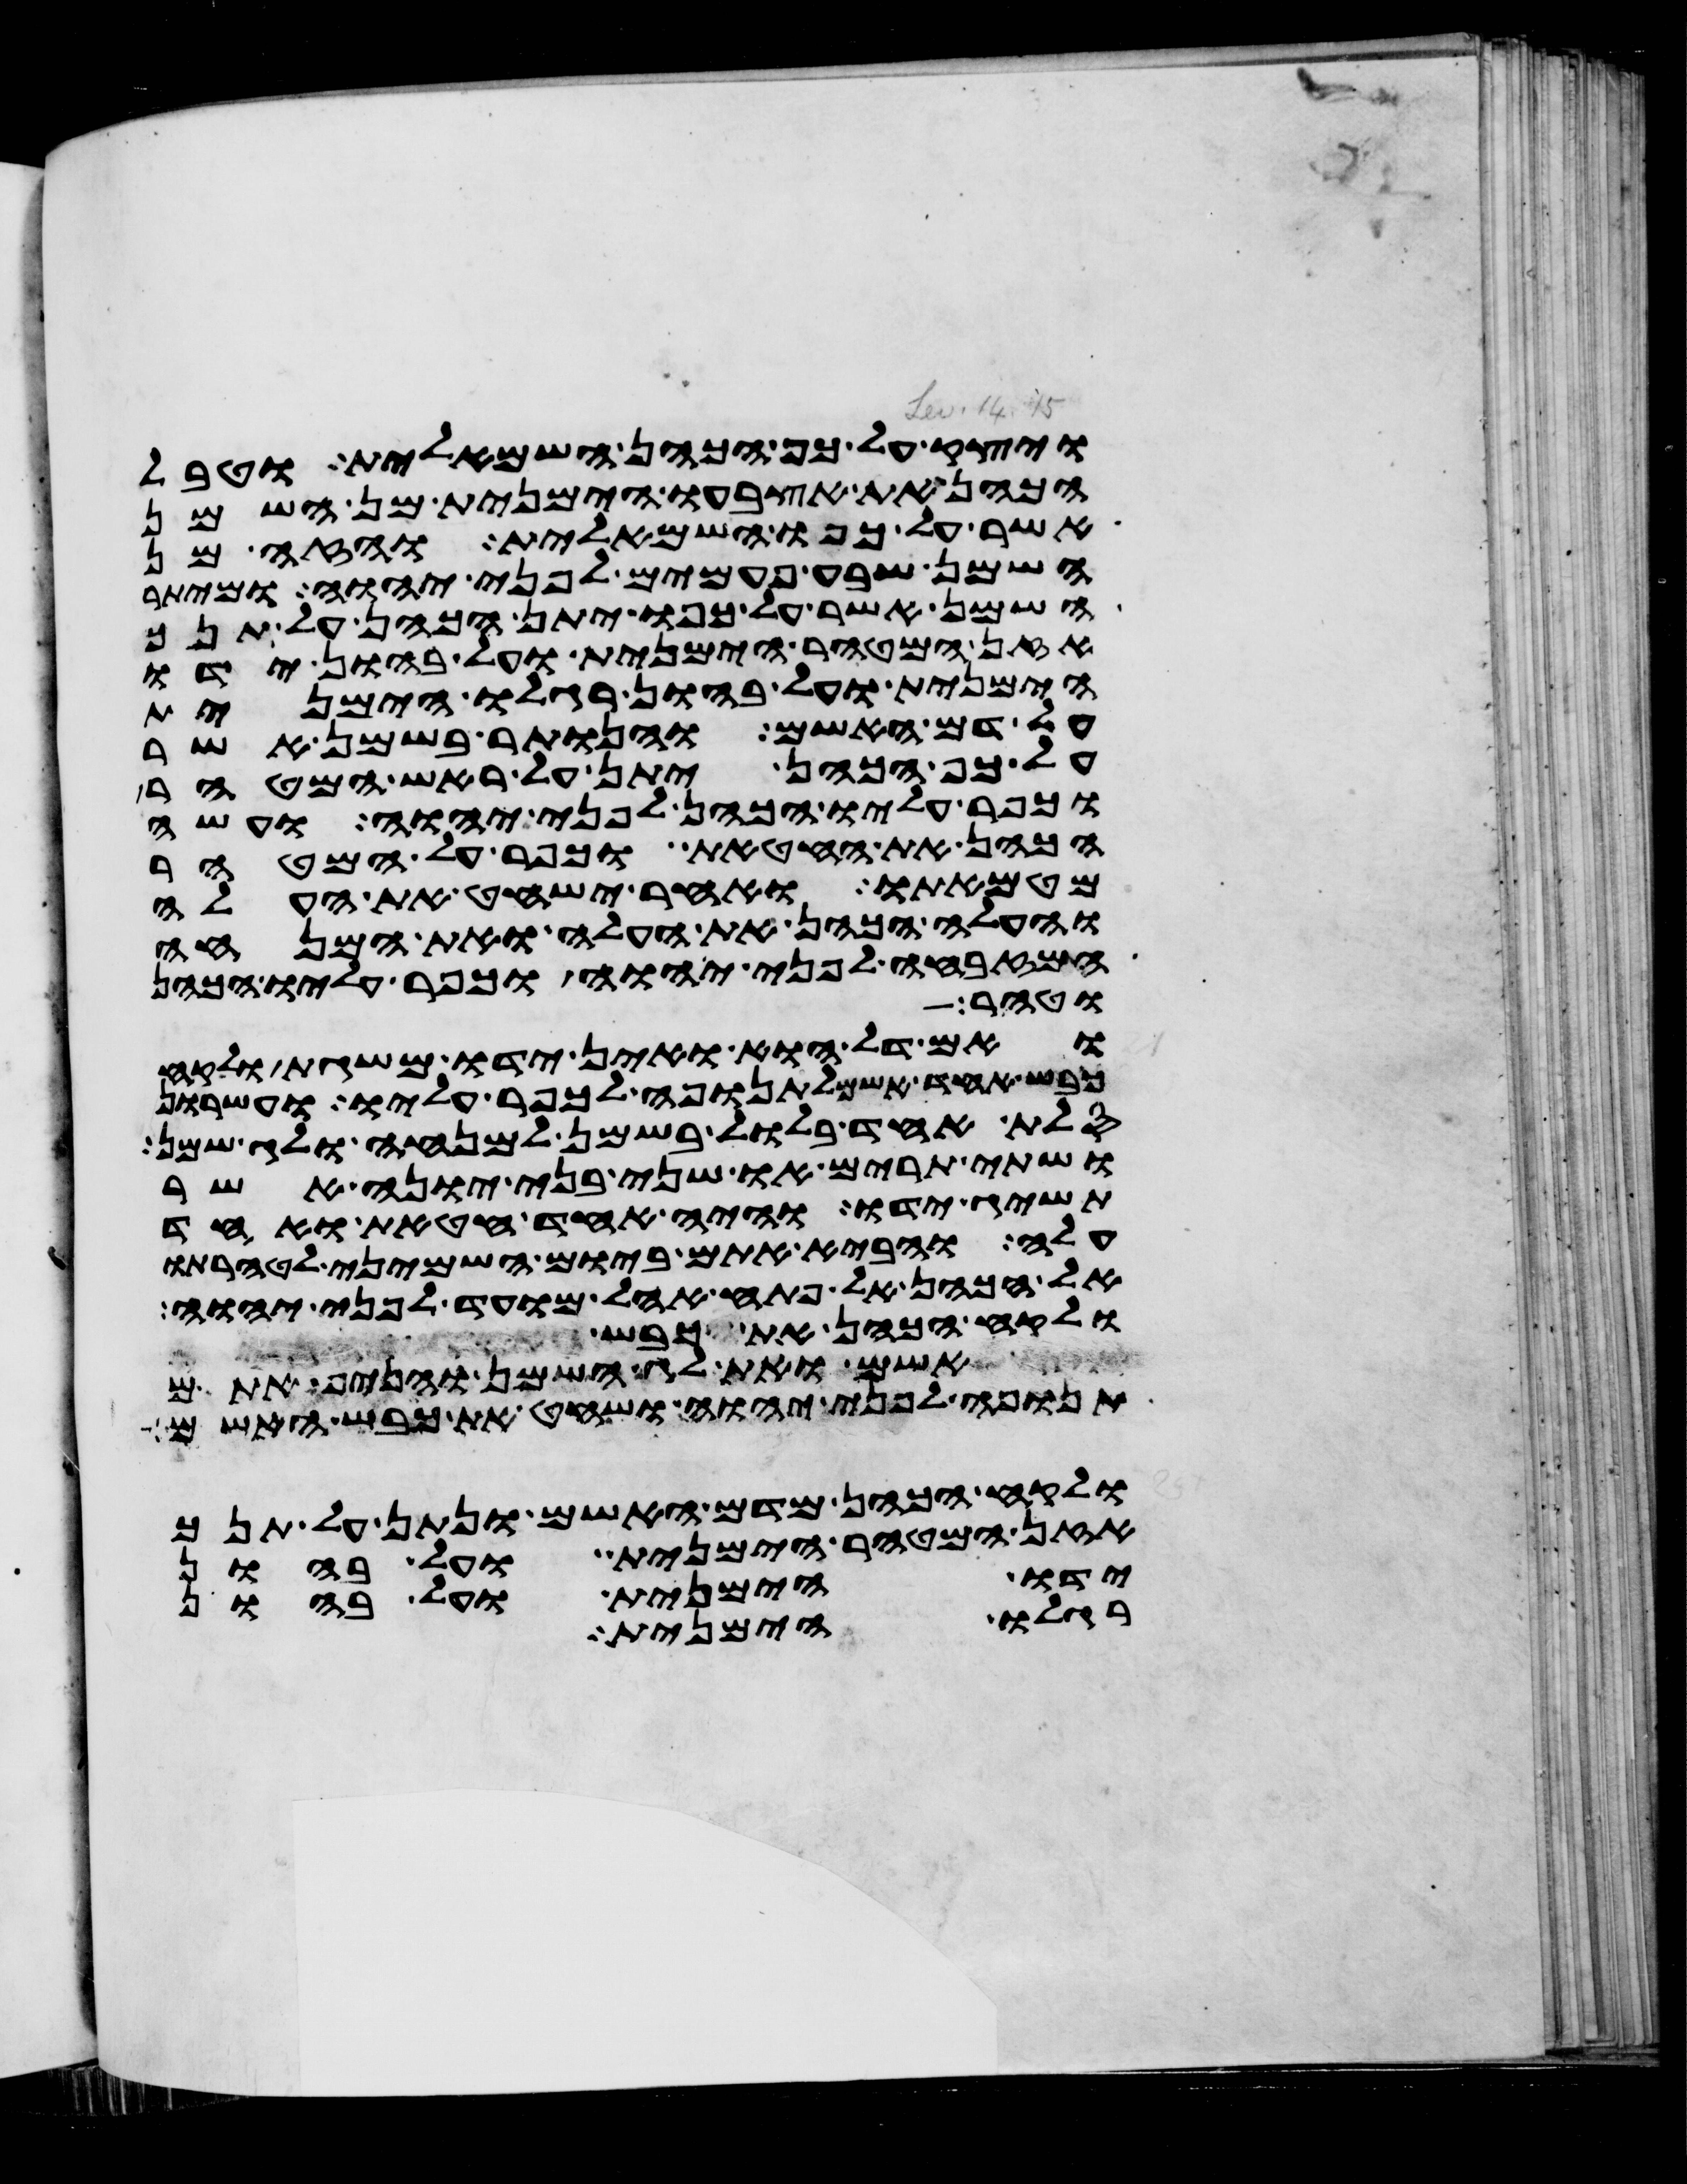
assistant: ויצק על כף הכהן השמאלית וטבל
הכהן את אצבעו הימנית מן השמן
אשר על כפו השמאלית והזה מן
השמן שבע פעמים לפני יהוה ומיתר
השמן אשר על כפו יתן הכהן על תנך
אזן המטהר הימנית ועל בהון ידו
הימנית ועל בהון רגלו הימנית
על דם האשם והנותר בשמן אשר
על כף הכהן יתן על ראש המטהר
וכפר עליו הכהן לפני יהוה ועשה
הכהן את החטאת וכפר על המטהר
מטמאתו ואחר ישחט את העלה
והעלה הכהן את העלה ואת המנחה
המזבחה לפני יהוה וכפר עליו הכהן
וטהר
ואם דל הוא ואין ידו משגת ולקח
כבש אחד אשם לתנופה לכפר עליו ועשרון
סלת אחד בלול בשמן למנחה ולג שמן
ושתי תרים או שני בני יונה אשר
תשיג ידו והיה אחד חטאת ואחד
עלה והביא אתם ביום השמיני לטהרתו
אל הכהן אל פתח אהל מועד לפני יהוה
ולקח הכהן את כבש
לאשם ואת לג השמן והניף אתם
תנופה לפני יהוה ושחט את כבש האשם
ולקח הכהן מדם האשם ונתן על תנך
אזן המטהר הימנית ועל בהון
ידו הימנית ועל בהון
רגלו הימנית